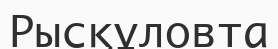
Рысқұловта